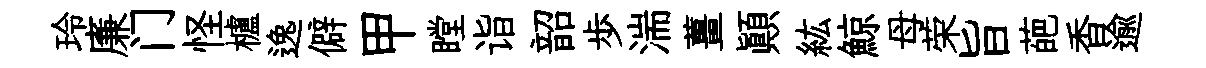
玲廉门怪櫨逸僻甲瞠诣韶歩湍薑顛紘鯨母荣旨葩香逾